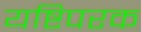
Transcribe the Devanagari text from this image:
यष्टिपरक